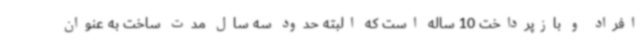
افراد و بازپرداخت 10 ساله است که البته حدود سه سال مدت ساخت به عنوان